Civil Veterinary Dept. Bombay admin report 1932-41 - 1932-1941
Year: 1932
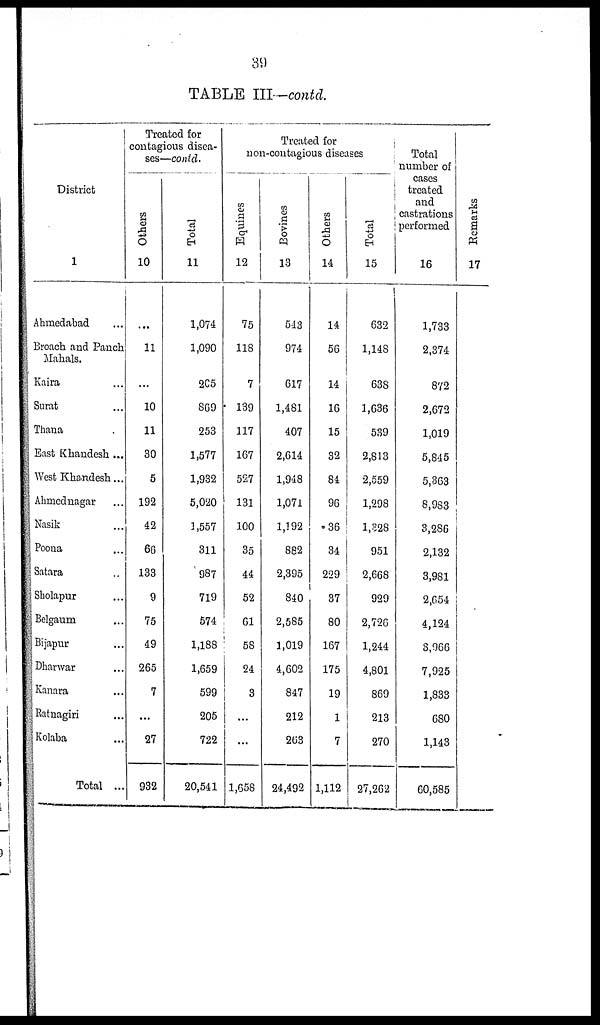
39
TABLE III—contd.
District
1
Ahmedabad ...
Broach and Panch
Mahals.
Kaira ...
Surat ...
Thana ...
East Khandesh ...
West Khandesh ...
Ahmednagar ...
Nasik ...
Poona ...
Satara ...
Sholapur ...
Belgaum ...
Bijapur ...
Dharwar ...
Kanara ...
Ratnagiri ...
Kolaba ...
Total ...
Treated for
contagious disea-
ses—contd.
Others
10
...
11
...
10
11
30
5
192
42
66
133
9
75
49
265
7
...
27
932
Total
11
1,074
1,090
205
869
253
1,577
1,932
5,020
1,557
311
987
719
574
1,188
1,659
599
205
722
20,541
Treated for
non-contagious diseases
Equines
12
75
118
7
139
117
167
527
131
100
35
44
52
61
58
24
3
...
...
1,658
Bovines
13
543
974
617
1,481
407
2,614
1,948
1,071
1,192
882
2,395
840
2,585
1,019
4,602
847
212
263
24,492
Others
14
14
56
14
16
15
32
84
96
36
34
229
37
80
167
175
19
1
7
1,112
Total
15
632
1,148
638
1,636
539
2,813
2,559
1,298
1,328
951
2,668
929
2,726
1,244
4,801
869
213
270
27,262
Total
number of
cases
treated
and
castrations
performed
16
1,733
2,374
872
2,672
1,019
5,845
5,363
8,983
3,286
2,132
3,981
2,654
4,124
3,966
7,925
1,833
680
1,143
60,585
Remarks
17